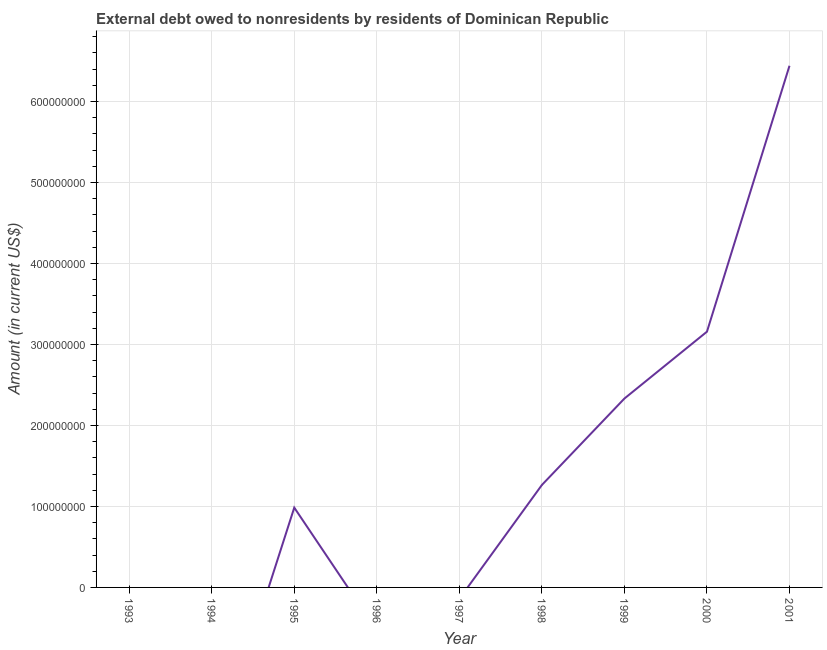
| Year | Debt |
 | --- | --- |
 | 1993 | -2.57e+07 |
 | 1994 | -2.19e+08 |
 | 1995 | 9.85e+07 |
 | 1996 | -5.31e+07 |
 | 1997 | -1.41e+07 |
 | 1998 | 1.26e+08 |
 | 1999 | 2.33e+08 |
 | 2000 | 3.16e+08 |
 | 2001 | 6.44e+08 |